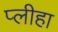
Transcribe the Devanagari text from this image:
प्‍लीहा